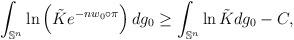
LaTeX: \begin{align*}\int_{\mathbb{S}^n} \ln \left(\tilde{K}e^{-nw_0\circ \pi}\right)dg_0&\geq \int_{\mathbb{S}^n} \ln \tilde{K}dg_0-C,\end{align*}